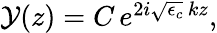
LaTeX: \begin{array}{r}{\mathcal{Y}(z)=C\, e^{2i\sqrt{\epsilon_{c}}\, kz},}\end{array}